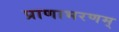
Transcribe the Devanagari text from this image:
प्राणाभरणम्‌